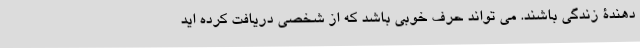
دهندۀ زندگی باشند. می تواند حرف خوبی باشد که از شخصی دریافت کرده اید